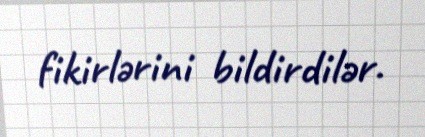
fikirlərini bildirdilər.